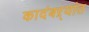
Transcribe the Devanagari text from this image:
कादंबऱ्यांत